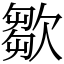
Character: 㱀